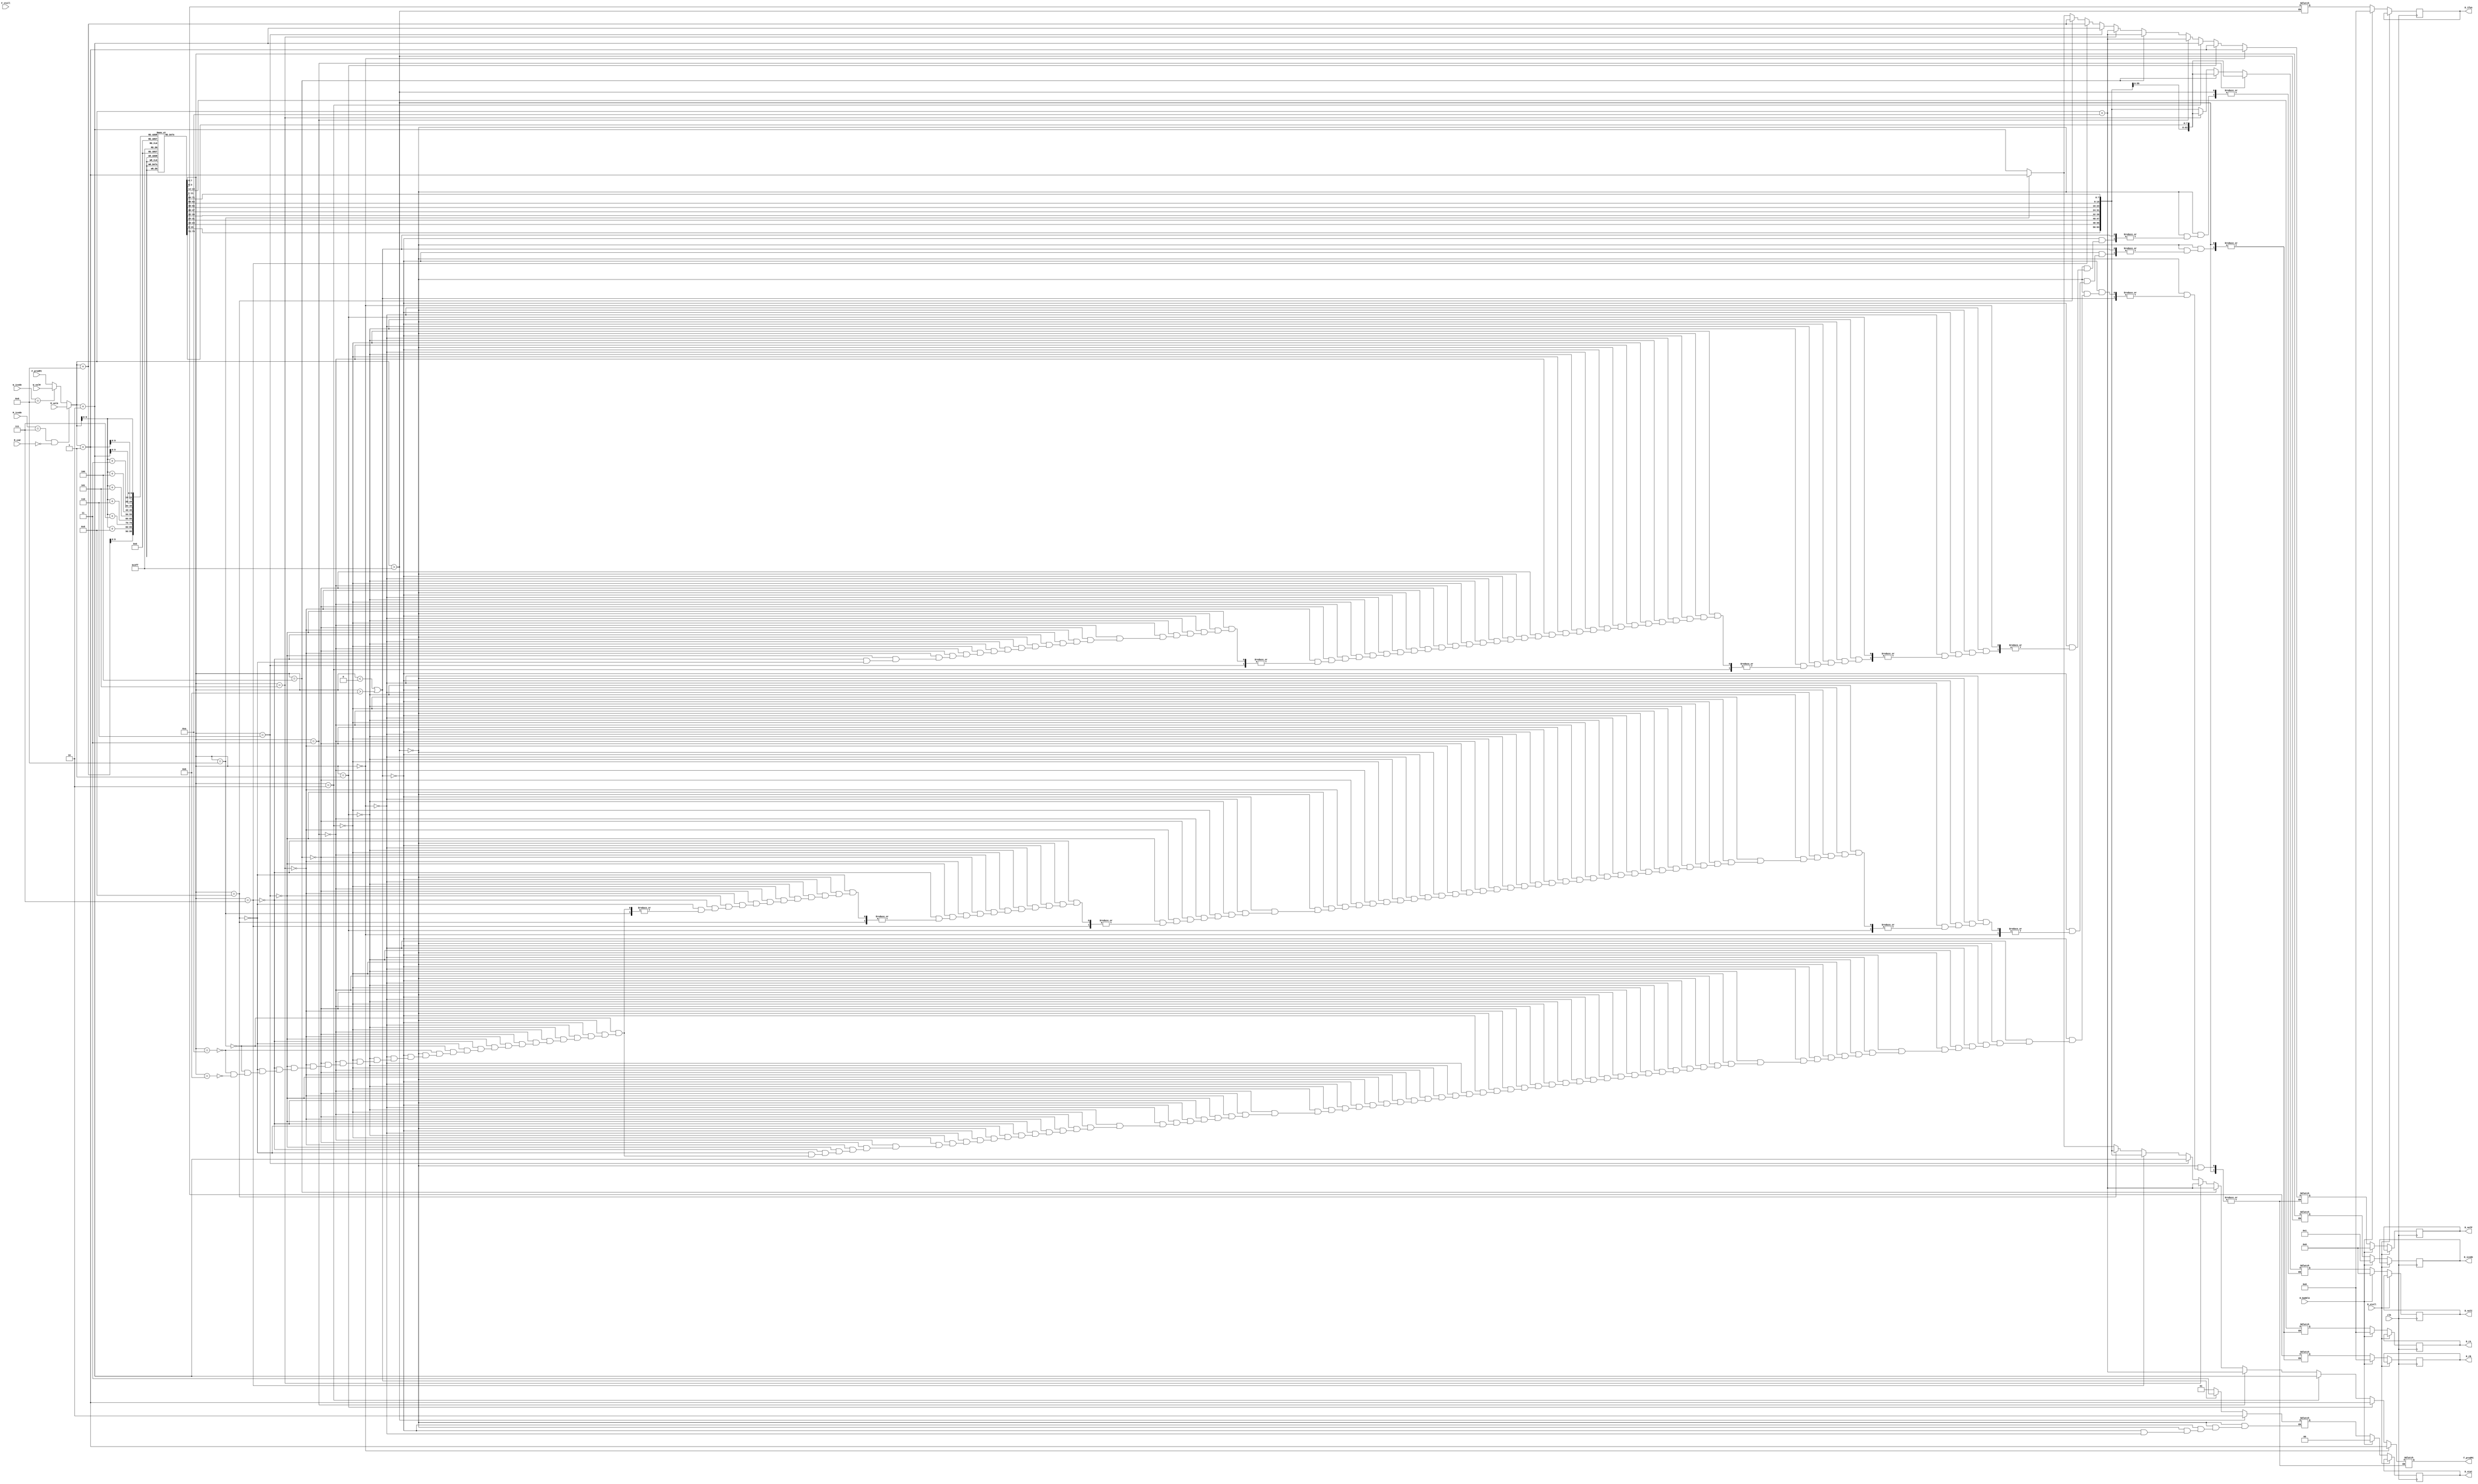
// FETCH BLOCK

module fetch(clk, F_predPC, M_icode, M_cnd, M_valA, W_icode, W_valM, F_stall, D_stall, D_bubble, f_predPC, D_icode, D_ifun, D_rA, D_rB, D_valC, D_valP, D_stat);

    input clk;
    input [63:0] F_predPC;

    input [3:0] M_icode;
    input M_cnd;
    input [63:0] M_valA;

    input [3:0] W_icode;
    input [63:0] W_valM;   

    input F_stall, D_stall, D_bubble;

    output reg [63:0] f_predPC;

    output reg [3:0] D_icode;
    output reg [3:0] D_ifun;

    output reg [3:0] D_rA;
    output reg [3:0] D_rB;

    output reg [63:0] D_valC;
    output reg [63:0] D_valP;

    output reg [1:0] D_stat;  //AOK|HLT|ADR|INS

    reg [63:0] PC;
    
    reg [3:0] icode;
    reg [3:0] ifun;

    reg [3:0] rA;
    reg [3:0] rB;

    reg [63:0] valC;
    reg [63:0] valP;

    reg [1:0] stat;  //AOK|HLT|ADR|INS

    reg instr_valid; 
    reg imem_error;

    reg [0:79] instruction; //Instruction encodings range between 1 and 10 bytes
    reg [7:0] memory[0:1023];//memory has 256-32 bits words => 1024-8 bits

    reg [0:7] opcode; //operation codes
    reg [0:7] regids; //register IDs

    initial
    begin
        rA = 4'hf;
        rB = 4'hf;
        valC = 64'd0;
        valP = 64'd0;
        instr_valid = 0;
        imem_error = 0;
        stat = 2'd0;
    end

    // instruction codes
    // Constant values used in HCL descriptions.
    parameter IHALT   = 4'd0;
    parameter INOP    = 4'd1;
    parameter IRRMOVQ = 4'd2; //rrmovq and  cmovXX
    parameter IIRMOVQ = 4'd3;
    parameter IRMMOVQ = 4'd4;
    parameter IMRMOVQ = 4'd5;
    parameter IOPQ    = 4'd6;
    parameter IJXX    = 4'd7;
    parameter ICALL   = 4'd8;
    parameter IRET    = 4'd9;
    parameter IPUSHQ  = 4'd10;
    parameter IPOPQ   = 4'd11;

    initial 
    begin

// // code 1:

//     // irmovq $0x1, %rax
//     memory[0]=8'b00110000; //3 0
//     memory[1]=8'b00000000; //F rB=0
//     memory[2]=8'b00000000;           
//     memory[3]=8'b00000000;           
//     memory[4]=8'b00000000;           
//     memory[5]=8'b00000000;           
//     memory[6]=8'b00000000;           
//     memory[7]=8'b00000000;           
//     memory[8]=8'b00000000;          
//     memory[9]=8'b00000001; //V=0

//     // irmovq $0x10, %rdx
//     memory[10]=8'b00110000; //3 0
//     memory[11]=8'b00000010; //F rB=2
//     memory[12]=8'b00000000;           
//     memory[13]=8'b00000000;           
//     memory[14]=8'b00000000;           
//     memory[15]=8'b00000000;           
//     memory[16]=8'b00000000;           
//     memory[17]=8'b00000000;           
//     memory[18]=8'b00000000;          
//     memory[19]=8'b00010000; //V=16

//     // irmovq $0xc, %rbx
//     memory[20]=8'b00110000; //3 0
//     memory[21]=8'b00000011; //F rB=3
//     memory[22]=8'b00000000;           
//     memory[23]=8'b00000000;           
//     memory[24]=8'b00000000;           
//     memory[25]=8'b00000000;           
//     memory[26]=8'b00000000;           
//     memory[27]=8'b00000000;           
//     memory[28]=8'b00000000;          
//     memory[29]=8'b00001100; //V=12

//     // jmp check
//     memory[30]=8'b01110000; //7 fn
//     memory[31]=8'b00000000; //Dest
//     memory[32]=8'b00000000; //Dest
//     memory[33]=8'b00000000; //Dest
//     memory[34]=8'b00000000; //Dest
//     memory[35]=8'b00000000; //Dest
//     memory[36]=8'b00000000; //Dest
//     memory[37]=8'b00000000; //Dest
//     memory[38]=8'b00100111; //Dest=39

//     // check:
//         // addq %rax, %rbx 
//         memory[39]=8'b01100000; //5 fn
//         memory[40]=8'b00000011; //rA=0 rB=3

//         // je rbxres  
//         memory[41]=8'b01110011; //7 fn=3
//         memory[42]=8'b00000000; //Dest
//         memory[43]=8'b00000000; //Dest
//         memory[44]=8'b00000000; //Dest
//         memory[45]=8'b00000000; //Dest
//         memory[46]=8'b00000000; //Dest
//         memory[47]=8'b00000000; //Dest
//         memory[48]=8'b00000000; //Dest
//         memory[49]=8'b01111010; //Dest=122
//         // addq %rax, %rdx
//         memory[50]=8'b01100000; //5 fn
//         memory[51]=8'b00000010; //rA=0 rB=2
//         // je rdxres 
//         memory[52]=8'b01110011; //7 fn=3
//         memory[53]=8'b00000000; //Dest
//         memory[54]=8'b00000000; //Dest
//         memory[55]=8'b00000000; //Dest
//         memory[56]=8'b00000000; //Dest
//         memory[57]=8'b00000000; //Dest
//         memory[58]=8'b00000000; //Dest
//         memory[59]=8'b00000000; //Dest
//         memory[60]=8'b01111101; //Dest=125
//         // jmp loop2 
//         memory[61]=8'b01110000; //7 fn=0
//         memory[62]=8'b00000000; //Dest
//         memory[63]=8'b00000000; //Dest
//         memory[64]=8'b00000000; //Dest
//         memory[65]=8'b00000000; //Dest
//         memory[66]=8'b00000000; //Dest
//         memory[67]=8'b00000000; //Dest
//         memory[68]=8'b00000000; //Dest
//         memory[69]=8'b01000110; //Dest

//         // halt
//         memory[70]=8'b00000000; // 0 0


    // // loop2:
    //     // rrmovq %rdx, %rsi 
    //     memory[70]=8'b00100000; //2 fn=0
    //     memory[71]=8'b00100110; //rA=2 rB=6
    //     // rrmovq %rbx, %rdi
    //     memory[72]=8'b00100000; //2 fn=0
    //     memory[73]=8'b00110111; //rA=3 rB=7
    //     // subq %rbx, %rsi
    //     memory[74]=8'b01100001; //5 fn=1
    //     memory[75]=8'b00110110; //rA=3 rB=6
    //     // jge ab1  
    //     memory[76]=8'b01110101; //7 fn=5
    //     memory[77]=8'b00000000; //Dest
    //     memory[78]=8'b00000000; //Dest
    //     memory[79]=8'b00000000; //Dest
    //     memory[80]=8'b00000000; //Dest
    //     memory[81]=8'b00000000; //Dest
    //     memory[82]=8'b00000000; //Dest
    //     memory[83]=8'b00000000; //Dest
    //     memory[84]=8'b01100000; //Dest=96
           
    //     // subq %rdx, %rdi 
    //     memory[85]=8'b01100001; //5 fn
    //     memory[86]=8'b00100111; //rA=2 rB=7
    //     // jge ab2
    //     memory[87]=8'b01110101; //7 fn=5
    //     memory[88]=8'b00000000; //Dest
    //     memory[89]=8'b00000000; //Dest
    //     memory[90]=8'b00000000; //Dest
    //     memory[91]=8'b00000000; //Dest
    //     memory[92]=8'b00000000; //Dest
    //     memory[93]=8'b00000000; //Dest
    //     memory[94]=8'b00000000; //Dest
    //     memory[95]=8'b01101101; //Dest=109

    // // ab1:
    //     // rrmovq %rbx, %rdx
    //     memory[96]=8'b00100000; //2 fn=0
    //     memory[97]=8'b00110010; //rA=3 rB=2
    //     // rrmovq %rsi, %rbx
    //     memory[98]=8'b00100000; //2 fn=0
    //     memory[99]=8'b01100011; //rA=6 rB=3
    //     // jmp check
    //     memory[100]=8'b01110000; //7 fn=0
    //     memory[101]=8'b00000000; //Dest
    //     memory[102]=8'b00000000; //Dest
    //     memory[103]=8'b00000000; //Dest
    //     memory[104]=8'b00000000; //Dest
    //     memory[105]=8'b00000000; //Dest
    //     memory[106]=8'b00000000; //Dest
    //     memory[107]=8'b00000000; //Dest
    //     memory[108]=8'b00100111; //Dest=39

    //     // //  halt
    //         memory[109]=8'b00000000; // 0 0

    // // ab2:
    //     // rrmovq %rbx, %rdx
    //     // memory[109]=8'b00100000; //2 fn=0
    //     memory[110]=8'b00110010; //rA=3 rB=2
    //     // rrmovq %rdi, %rbx
    //     memory[111]=8'b00100000; //2 fn=0
    //     memory[112]=8'b01110011; //rA=7 rB=3
    //     // jmp check
    //     memory[113]=8'b01110000; //7 fn=0
    //     memory[114]=8'b00000000; //Dest
    //     memory[115]=8'b00000000; //Dest
    //     memory[116]=8'b00000000; //Dest
    //     memory[117]=8'b00000000; //Dest
    //     memory[118]=8'b00000000; //Dest
    //     memory[119]=8'b00000000; //Dest
    //     memory[120]=8'b00000000; //Dest
    //     memory[121]=8'b00100111; //Dest=39

    // // rbxres:
    //     // rrmovq %rdx, %rcx
    //     memory[122]=8'b00100000; //2 fn=0
    //     memory[123]=8'b00100001; //rA=2 rB=1
    //     // halt
    //     memory[124]=8'b00000000;

    // // rdxres:
    //     // rrmovq %rbx, %rcx
    //     memory[125]=8'b00100000; //2 fn=0
    //     memory[126]=8'b00110001; //rA=3 rB=1
    //     // halt
    //     memory[127]=8'b00000000;

//     //OPq
//         memory[32]=8'b01100000; //5 fn
//         memory[33]=8'b00100011; //rA rB
    
//         memory[34]=8'b00010000; // 1 0
//         memory[35]=8'b00010000; // 1 0
//         memory[36]=8'b00010000; // 1 0

//     //cmovxx
//         memory[37]=8'b00100000; //2 fn
//         memory[38]=8'b00000100; //rA rB

//         memory[39]=8'b00010000; // 1 0
//         memory[40]=8'b00010000; // 1 0
//         memory[41]=8'b00010000; // 1 0
//         memory[42]=8'b00010000; // 1 0
//         memory[43]=8'b00010000; // 1 0
//         memory[44]=8'b00010000; // 1 0

//     //halt
//         memory[45]=8'b00000000; // 0 0

//  code 2:
    // // irmovq stack %rsp
    //     memory[0]=8'h30; //3 0
    //     memory[1]=8'hF4; //F rB=0
    //     memory[2]=8'h00;           
    //     memory[3]=8'h00;           
    //     memory[4]=8'h00;           
    //     memory[5]=8'h00;           
    //     memory[6]=8'h00;           
    //     memory[7]=8'h00;           
    //     memory[8]=8'h03;          
    //     memory[9]=8'hff; //V=1023

    // // call main
    //     memory[10]=8'h80; //8 0
    //     memory[11]=8'h00;
    //     memory[12]=8'h00;
    //     memory[13]=8'h00;
    //     memory[14]=8'h00;
    //     memory[15]=8'h00;
    //     memory[16]=8'h00;
    //     memory[17]=8'h00;
    //     memory[18]=8'h14;

    // // halt
    //     memory[19]=8'h00; //0 0

    // //main:

    // // irmovq $0x10 %rdi
    //     memory[20]=8'h30; //3 0
    //     memory[21]=8'hF7; //F rB=7
    //     memory[22]=8'h00;           
    //     memory[23]=8'h00;           
    //     memory[24]=8'h00;           
    //     memory[25]=8'h00;           
    //     memory[26]=8'h00;           
    //     memory[27]=8'h00;           
    //     memory[28]=8'h00;          
    //     memory[29]=8'h10; //V=16
    // // irmovq $0xc %rsi
    //     memory[30]=8'h30; //3 0
    //     memory[31]=8'hF6; //F rB=6
    //     memory[32]=8'h00;           
    //     memory[33]=8'h00;           
    //     memory[34]=8'h00;           
    //     memory[35]=8'h00;           
    //     memory[36]=8'h00;           
    //     memory[37]=8'h00;           
    //     memory[38]=8'h00;          
    //     memory[39]=8'h0c; //V=12
    // // call gcd
    //     memory[40]=8'h80; // 8 0
    //     memory[41]=8'h00;
    //     memory[42]=8'h00;
    //     memory[43]=8'h00;
    //     memory[44]=8'h00;
    //     memory[45]=8'h00;
    //     memory[46]=8'h00;
    //     memory[47]=8'h00;
    //     memory[48]=8'h32;
    // // ret
    //         memory[49]=8'h90; // 9 0

    // // gcd(%rdx,%rbx)
    // // swap:
    // // pushq
    //     memory[50]=8'hA0; //3 0
    //     memory[51]=8'h7f; //F rB=0

    // // pushq
    //     memory[52]=8'hA0;           
    //     memory[53]=8'h6F;       

    // // popq
    //     memory[54]=8'hB0;           
    //     memory[55]=8'h7f; 

    // // popq          
    //     memory[56]=8'hb0;           
    //     memory[57]=8'h6f;           

    //     // ret
    //     memory[58]=8'h90; // 9 0



// code3:
    // irmovq $128 %rdx
        memory[0] = 8'h30; 
        memory[1] = 8'hf2; // F rb=2
        memory[2] = 8'h00;           
        memory[3] = 8'h00;           
        memory[4] = 8'h00;           
        memory[5] = 8'h00;           
        memory[6] = 8'h00;           
        memory[7] = 8'h00;           
        memory[8] = 8'h00;          
        memory[9] = 8'h80; //V=128

    // irmovq $3 %rcx
        memory[10] = 8'h30; 
        memory[11] = 8'hf1; // F rb=1
        memory[12] = 8'h00;           
        memory[13] = 8'h00;           
        memory[14] = 8'h00;           
        memory[15] = 8'h00;           
        memory[16] = 8'h00;           
        memory[17] = 8'h00;           
        memory[18] = 8'h00;          
        memory[19] = 8'h03; //V=3

    // rmmovq %rcx 0(%rdx)
        memory[20] = 8'h40; 
        memory[21] = 8'h12; // rA= 1 rb=2;
        memory[22] = 8'h00;           
        memory[23] = 8'h00;           
        memory[24] = 8'h00;           
        memory[25] = 8'h00;           
        memory[26] = 8'h00;           
        memory[27] = 8'h00;           
        memory[28] = 8'h00;          
        memory[29] = 8'h00; //D=0

    // irmovq $10 %rbx
        memory[30] = 8'h30; 
        memory[31] = 8'hf3; // F rb=3
        memory[32] = 8'h00;           
        memory[33] = 8'h00;           
        memory[34] = 8'h00;           
        memory[35] = 8'h00;           
        memory[36] = 8'h00;           
        memory[37] = 8'h00;           
        memory[38] = 8'h00;          
        memory[39] = 8'h0a; //V=10

    // mrmovq 0(%rdx) %rax
        memory[40] = 8'h50; 
        memory[41] = 8'h02; // rA= 0 rb=2;
        memory[42] = 8'h00;           
        memory[43] = 8'h00;           
        memory[44] = 8'h00;           
        memory[45] = 8'h00;           
        memory[46] = 8'h00;           
        memory[47] = 8'h00;           
        memory[48] = 8'h00;          
        memory[49] = 8'h00; //D=0

    // addq %rbx %rax
        memory[50]=8'h60; 
        memory[51]=8'h30; //rA=3 rB=0

    //halt
        memory[52]=8'b00000000;

    end


    always@(*)
    begin

        if(M_icode == IJXX && M_cnd == 0)
        begin
            PC = M_valA;
        end
        else if (W_icode == IRET)
        begin
            PC= W_valM;
        end
        else
        begin
            PC = F_predPC;
        end

    end

    always@(*)
    begin

        if(PC > 64'd1023)
        begin

            imem_error = 1; //invalid address   
            stat = 2'd2;     
        end
        else
        begin

            imem_error = 0;

            //Instruction encodings range between 1 and 10 bytes
            instruction = {memory[PC], memory[PC+64'd1], memory[PC+64'd2], memory[PC+64'd3], memory[PC+64'd4], memory[PC+64'd5], memory[PC+64'd6], memory[PC+64'd7], memory[PC+64'd8], memory[PC+64'd9]}; 
    
            //An instruction consists of a 1-byte instruction specifier, 1-byte register specifier, and an 8-byte constant word.

            // icode:ifun = M1[PC]
            opcode = instruction[0:7];
            icode = opcode[0:3];
            ifun = opcode[4:7];


            if(icode < 4'd0 || icode > 4'd11)
            begin

                instr_valid = 1; //invalid instruction
                stat = 2'd3;
            end
            else
            begin

                instr_valid = 0;
                
                //halt
                if(icode == IHALT)
                begin

                    stat = 2'd1;
                    
                    //valP = PC+1
                    valP = PC + 64'd1;
                    f_predPC = valP;

                end
                //nop
                else if (icode == INOP)
                begin

                    //valP = PC+1
                    valP = PC + 64'd1;
                    f_predPC = valP;

                end
                //rrmovq and  cmovXX
                else if (icode == IRRMOVQ)
                begin

                    // rA:rB = M1[PC+1]
                    regids = instruction[8:15];
                    rA = regids[0:3];
                    rB = regids[4:7];

                    //valP <- PC+2
                    valP = PC + 64'd2;
                    f_predPC = valP;

                end
                //irmovq
                else if (icode == IIRMOVQ)
                begin

                    // rA:rB = M1[PC+1]
                    regids = instruction[8:15];
                    rA = regids[0:3];
                    rB = regids[4:7];

                    //valC <- M8[PC+2]
                    valC = instruction[16:79];

                    //valP <- PC+10
                    valP = PC + 64'd10;
                    f_predPC = valP;

                end
                // rmmovq
                else if (icode == IRMMOVQ)
                begin

                    // rA:rB = M1[PC+1]
                    regids = instruction[8:15];
                    rA = regids[0:3];
                    rB = regids[4:7];

                    //valC <- M8[PC+2]
                    valC = instruction[16:79];

                    //valP <- PC+10
                    valP = PC + 64'd10;
                    f_predPC = valP;

                end
                // mrmovq
                else if (icode == IMRMOVQ)
                begin

                    // rA:rB = M1[PC+1]
                    regids = instruction[8:15];
                    rA = regids[0:3];
                    rB = regids[4:7];

                    //valC <- M8[PC+2]
                    valC = instruction[16:79];
                    
                    //valP <- PC+10
                    valP = PC + 64'd10;
                    f_predPC = valP;

                end
                //Opq
                else if (icode == IOPQ)
                begin

                    // rA:rB = M1[PC+1]
                    regids = instruction[8:15];
                    rA = regids[0:3];
                    rB = regids[4:7];

                    //valP <- PC+2
                    valP = PC + 64'd2;
                    f_predPC = valP;

                end
                //jXX
                else if (icode == IJXX)
                begin

                    //valC <- M8[PC+1]
                    valC = instruction[8:71];
                    
                    //valP <- PC+9
                    valP = PC + 64'd9;
                    f_predPC = valC;

                end
                //call
                else if (icode == ICALL)
                begin

                    //valC <- M8[PC+1]
                    valC = instruction[8:71];
                    
                    //valP <- PC+9
                    valP = PC + 64'd9;
                    f_predPC = valC;


                end
                //ret
                else if (icode == IRET)
                begin

                    //valP <- PC+1
                    valP = PC + 64'd1;
                    f_predPC = valP;

                end
                //pushq
                else if (icode == IPUSHQ)
                begin

                    // rA:rB = M1[PC+1]
                    regids = instruction[8:15];
                    rA = regids[0:3];
                    rB = regids[4:7];

                    //valP <- PC+2
                    valP = PC + 64'd2;
                    f_predPC = valP;

                end
                //popq
                else if (icode == IPOPQ)
                begin

                    // rA:rB = M1[PC+1]
                    regids = instruction[8:15];
                    rA = regids[0:3];
                    rB = regids[4:7];

                    //valP <- PC+2
                    valP = PC + 64'd2;
                    f_predPC = valP;

                end

            end

        end    

    end 

    always@(posedge clk)
    begin

        if (D_stall == 1)
        begin
        end
        else if(D_bubble == 1)
        begin
            D_icode <= 4'b0001; //nop
            D_ifun <= 4'b0000;
            D_rA <= 4'b0000;
            D_rB <= 4'b0000;
            D_valC <= 64'b0;
            D_valP <= 64'b0;
            D_stat <= 2'd0;
        end
        else
        begin
            D_icode <= icode;
            D_ifun <= ifun;
            D_rA <= rA;
            D_rB <= rB;
            D_valC <= valC;
            D_valP <= valP;
            D_stat <= stat;
        end
    end


endmodule